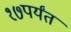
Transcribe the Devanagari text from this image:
१७पर्यंत